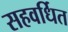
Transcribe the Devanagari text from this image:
सहवर्धित